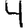
Digit: 4